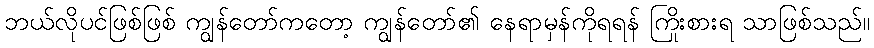
ဘယ်လိုပင်ဖြစ်ဖြစ် ကျွန်တော်ကတော့ ကျွန်တော်၏ နေရာမှန်ကိုရရန် ကြိုးစားရ သာဖြစ်သည်။